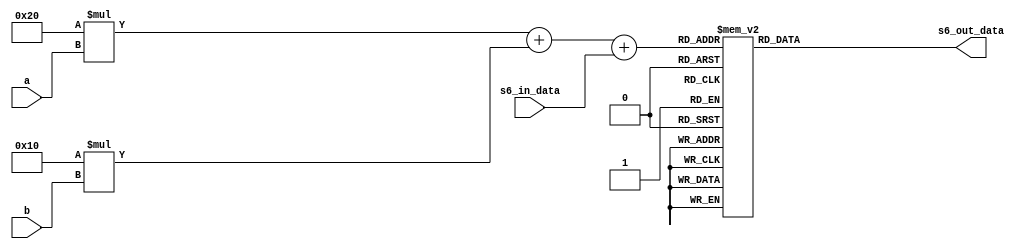
module s6_box(
   input[3:0] s6_in_data,
      input a,
   input b,
   output[3:0] s6_out_data
 );
   
   reg[3:0] out_bits;
   reg [5:0] flag;

    always@(*) begin
          flag=32*a+16*b+s6_in_data;

     case (flag)
        6'd0  : out_bits = 4'd12;             
        6'd1  : out_bits = 4'd1;             
        6'd2  : out_bits = 4'd10;            
        6'd3  : out_bits = 4'd15;             
        6'd4  : out_bits = 4'd9;             
        6'd5  : out_bits = 4'd2;             
        6'd6  : out_bits = 4'd6;             
        6'd7  : out_bits = 4'd8;             
        6'd8  : out_bits = 4'd0;             
        6'd9  : out_bits = 4'd13;             
        6'd10 : out_bits = 4'd3;             
        6'd11 : out_bits = 4'd4;             
        6'd12 : out_bits = 4'd14;             
        6'd13 : out_bits = 4'd7;             
        6'd14 : out_bits = 4'd5;             
        6'd15 : out_bits = 4'd11;             
        6'd16 : out_bits = 4'd10;             
        6'd17 : out_bits = 4'd15;             
        6'd18 : out_bits = 4'd4;             
        6'd19 : out_bits = 4'd2;             
        6'd20 : out_bits = 4'd7;             
        6'd21 : out_bits = 4'd12;             
        6'd22 : out_bits = 4'd9;             
        6'd23 : out_bits = 4'd5;             
        6'd24 : out_bits = 4'd6;             
        6'd25 : out_bits = 4'd1;             
        6'd26 : out_bits = 4'd13;             
        6'd27 : out_bits = 4'd14;             
        6'd28 : out_bits = 4'd0;             
        6'd29 : out_bits = 4'd11;             
        6'd30 : out_bits = 4'd3;             
        6'd31 : out_bits = 4'd8;             
        6'd32 : out_bits = 4'd9;             
        6'd33 : out_bits = 4'd14;             
        6'd34 : out_bits = 4'd15;             
        6'd35 : out_bits = 4'd5;             
        6'd36 : out_bits = 4'd2;             
        6'd37 : out_bits = 4'd8;             
        6'd38 : out_bits = 4'd12;             
        6'd39 : out_bits = 4'd3;             
        6'd40 : out_bits = 4'd7;             
        6'd41 : out_bits = 4'd0;             
        6'd42 : out_bits = 4'd4;             
        6'd43 : out_bits = 4'd10;             
        6'd44 : out_bits = 4'd1;             
        6'd45 : out_bits = 4'd13;             
        6'd46 : out_bits = 4'd11;             
        6'd47 : out_bits = 4'd6;             
        6'd48 : out_bits = 4'd4;             
        6'd49 : out_bits = 4'd3;             
        6'd50 : out_bits = 4'd2;             
        6'd51 : out_bits = 4'd12;             
        6'd52 : out_bits = 4'd9;             
        6'd53 : out_bits = 4'd5;            
        6'd54 : out_bits = 4'd15;             
        6'd55 : out_bits = 4'd10;            
        6'd56 : out_bits = 4'd11;        
        6'd57 : out_bits = 4'd14;        
        6'd58 : out_bits = 4'd1;       
        6'd59 : out_bits = 4'd7;       
        6'd60 : out_bits = 4'd6;       
        6'd61 : out_bits = 4'd0;       
        6'd62 : out_bits = 4'd8;      
        6'd63 : out_bits = 4'd13;     
        default : out_bits = 4'd0;  

     endcase
   end
   assign s6_out_data = out_bits;

 endmodule